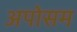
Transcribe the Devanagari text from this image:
अपोसम